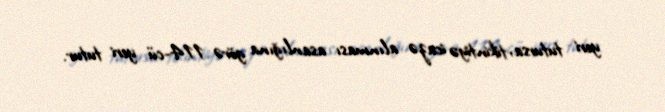
yeri tutursa, tikintiyə icazə alınması asanlığına görə 114-cü yeri tutur.